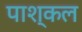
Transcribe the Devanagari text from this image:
पाश्कल